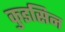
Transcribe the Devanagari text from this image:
कुइसिन